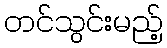
တင်သွင်းမည့်